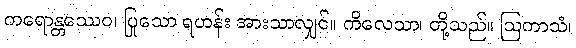
ကရောန္တဿေဝ၊ ပြုသော ရဟန်း အားသာလျှင်။ ကိလေသာ၊ တို့သည်။ ဩကာသံ၊